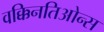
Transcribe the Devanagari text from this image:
वक्किनतिओन्स